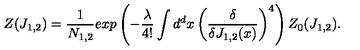
Z ( J _ { 1 , 2 } ) = \frac { 1 } { N _ { 1 , 2 } } e x p \left( - \frac { \lambda } { 4 ! } \int d ^ { d } x \left( \frac { \delta } { \delta J _ { 1 , 2 } ( x ) } \right) ^ { 4 } \right) Z _ { 0 } ( J _ { 1 , 2 } ) .